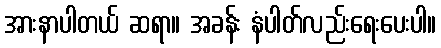
အားနာပါတယ် ဆရာ။ အခန်း နံပါတ်လည်းရေးပေးပါ။